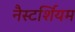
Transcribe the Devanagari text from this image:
नैस्टर्शियम